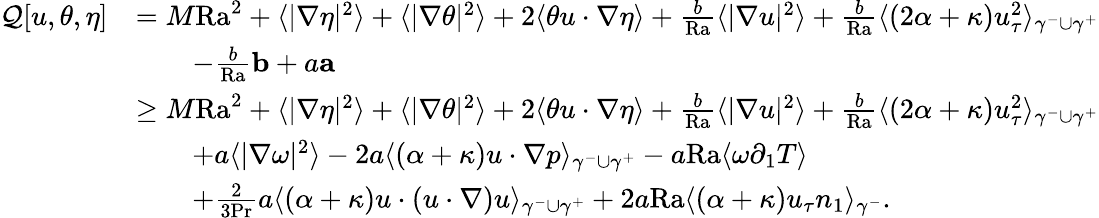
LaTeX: \begin{array}{rl}{\mathcal{Q}[u,\theta,\eta]}&{=M\mathrm{{Ra}}^{2}+\langle|\nabla\eta|^{2}\rangle+\langle|\nabla\theta|^{2}\rangle+2\langle\theta u\cdot\nabla\eta\rangle+\frac{b}{{\mathrm{Ra}}}\langle|\nabla u|^{2}\rangle+\frac{b}{\mathrm{{Ra}}}\langle(2\alpha+\kappa)u_{\tau}^{2}\rangle_{\gamma^{-}\cup\gamma^{+}}}\\ &{\qquad-\frac{b}{{\mathrm{Ra}}}\mathbf{b}+a\mathbf{a}}\\ &{\geq M\mathrm{{Ra}}^{2}+\langle|\nabla\eta|^{2}\rangle+\langle|\nabla\theta|^{2}\rangle+2\langle\theta u\cdot\nabla\eta\rangle+\frac{b}{{\mathrm{Ra}}}\langle|\nabla u|^{2}\rangle+\frac{b}{\mathrm{{Ra}}}\langle(2\alpha+\kappa)u_{\tau}^{2}\rangle_{\gamma^{-}\cup\gamma^{+}}}\\ &{\qquad+a\langle|\nabla\omega|^{2}\rangle-2a\langle(\alpha+\kappa)u\cdot\nabla p\rangle_{\gamma^{-}\cup\gamma^{+}}-a{\mathrm{Ra}}\langle\omega\partial_{1}T\rangle}\\ &{\qquad+\frac{2}{3\mathrm{Pr}}a\langle(\alpha+\kappa)u\cdot(u\cdot\nabla)u\rangle_{\gamma^{-}\cup\gamma^{+}}+2a\mathrm{{Ra}}\langle(\alpha+\kappa)u_{\tau}n_{1}\rangle_{\gamma^{-}}.}\end{array}